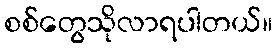
စစ်တွေသိုလာရပါတယ်။